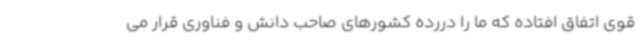
قوی اتفاق افتاده که ما را دررده کشورهای صاحب دانش و فناوری قرار می